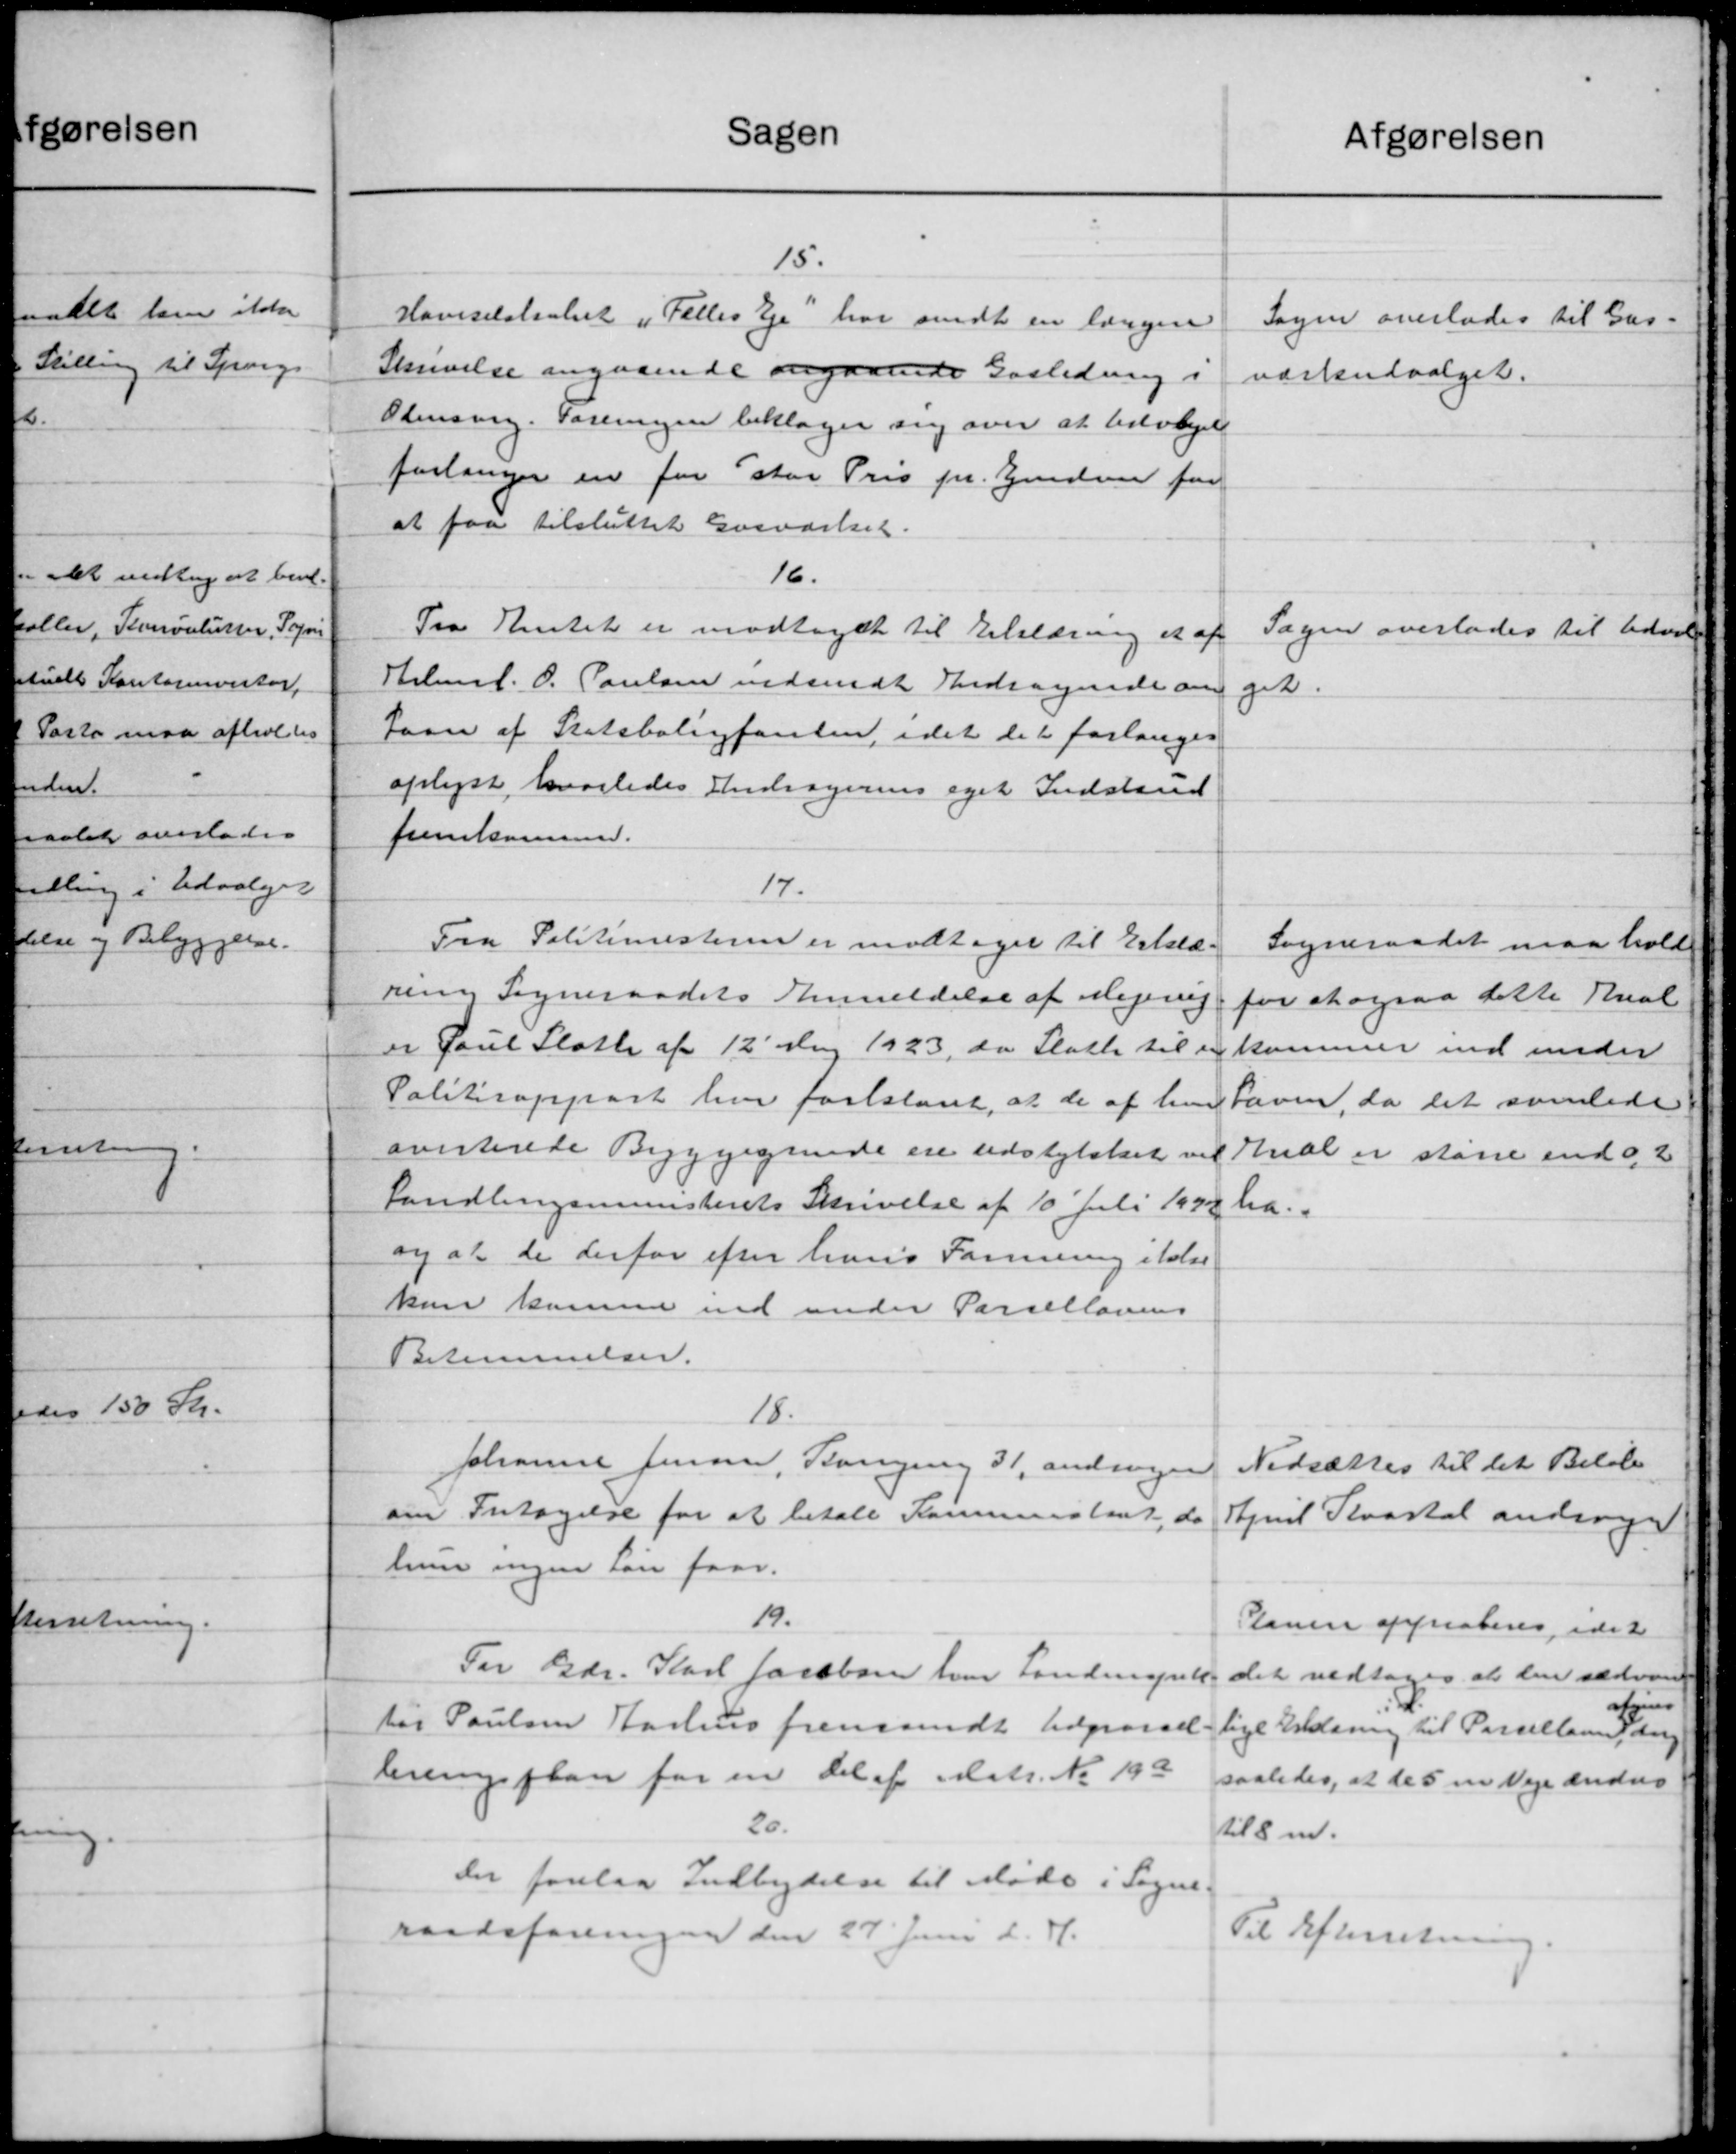
Transskription:
Sagen
15.
Havselskabet i Felles Eje" har sendt en længen
Skrivelse angaaende angaaende Gasledning i
Odensorg. Foreningen beklager sig over at Udvalget
forlanger en for stor Pris pr. Ejendom for
at faa tilsluttet Gasværket.
16.
Fra Amtet er modtaget til Erklæring et af
Helmst. O. Poulsen indsendt Andragende om
Laan af Statsboligfonden, idet det forlanges
oplyst, hvorledes Andragerens eget Indstand
fremkommer.
17.
Fra Politimesteren er modtaget til Erklæ-
ning Sogneraadets Anmeldelse af Mejerip
er Paul Slotte af 12' Maj 1923, da Skatte til en
Politirapport har foreslaaet, at de af han
averterede Byggegrende ere udstykket ved
Landlingsministeriets Skrivelse af 10 Juli 1932
og at de derfor efter hans Formering ikke
kun komme ind under Parsellovens
Bstemmelser.
18.
Johanne Jensen, Kongering 31, andragen
om Fritagelse for at betale Kommusenet, da
hun ingen Løn faar.
19.
For Gdr. Karl Jacobsen hvor Landmande
tør Poulsen Aarhus fremsendt Udgave.
leveringsplan for en Del af Matr. No 193
20.
Der forelaa Indbydelse til Møde i Sogne
raadsforeningen den 27' Juni d. H.